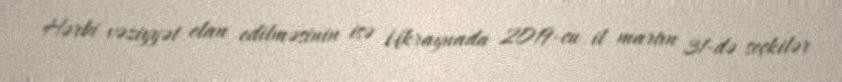
Hərbi vəziyyət elan edilməsinin isə Ukraynada 2019-cu il martın 31-də seçkilər